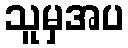
သူမှအပ